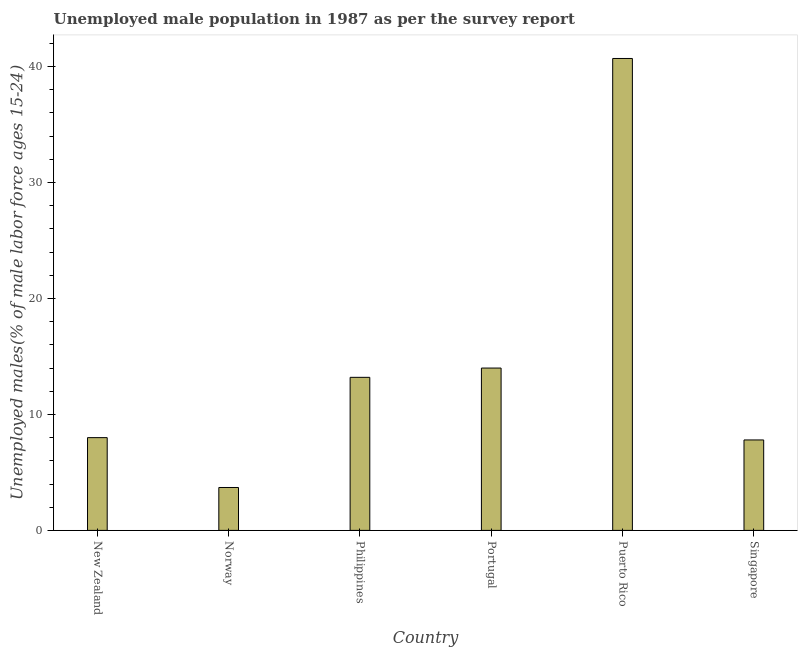
| Country | Unemployment youth male |
 | --- | --- |
 | New Zealand | 8 |
 | Norway | 3.7 |
 | Philippines | 13.2 |
 | Portugal | 14 |
 | Puerto Rico | 40.7 |
 | Singapore | 7.8 |